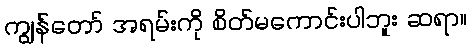
ကျွန်တော် အရမ်းကို စိတ်မကောင်းပါဘူး ဆရာ။